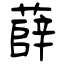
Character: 薛